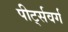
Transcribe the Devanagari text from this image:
पीर्ट्सवर्ग